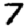
Digit: 7